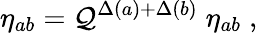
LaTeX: \eta_{ab}=\mathcal{Q}^{\Delta(a)+\Delta(b)}\; \eta_{ab}\; ,